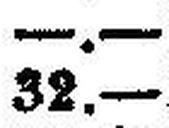
32.—